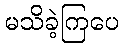
မသိခဲ့ကြပေ